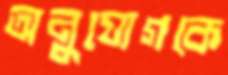
অনুযোগকে